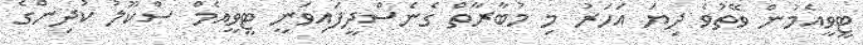
ޓީވީއެމުން ވޭތުވެ ދިޔަ އަހަރު މި މުބާރާތް ގެނެސްދީފައިވަނީ ޓީވީއެމް ސްކޫލު ކުދިންގެ